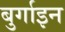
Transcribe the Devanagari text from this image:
बुर्गाइन